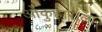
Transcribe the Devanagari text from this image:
ओकुहाराला